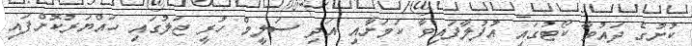
ކުށުގެ ދައުވާ ކޯޓުގައި އުފުލާފައިވާ ކަމަށާއި އަދި ސަލީމް ހުރީ ޖަލުގައި ހައްޔަރުކޮށްފައި